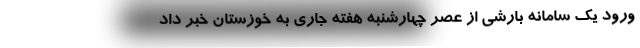
ورود یک سامانه بارشی از عصر چهارشنبه هفته جاری به خوزستان خبر داد